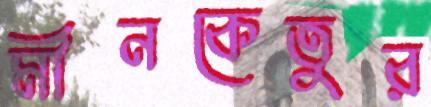
মীনকেতুর